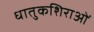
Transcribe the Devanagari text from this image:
धातुकशिराओं